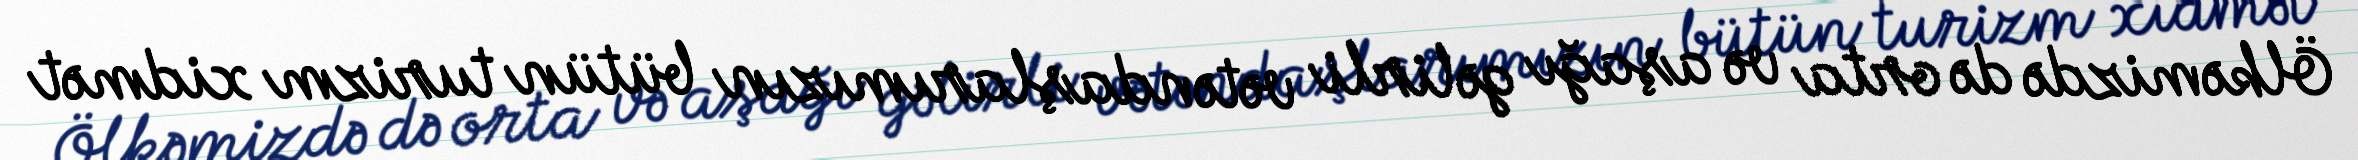
Ölkəmizdə də orta və aşağı gəlirli vətəndaşlarımızın bütün turizm xidmət